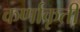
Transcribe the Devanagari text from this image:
कर्णाकृती